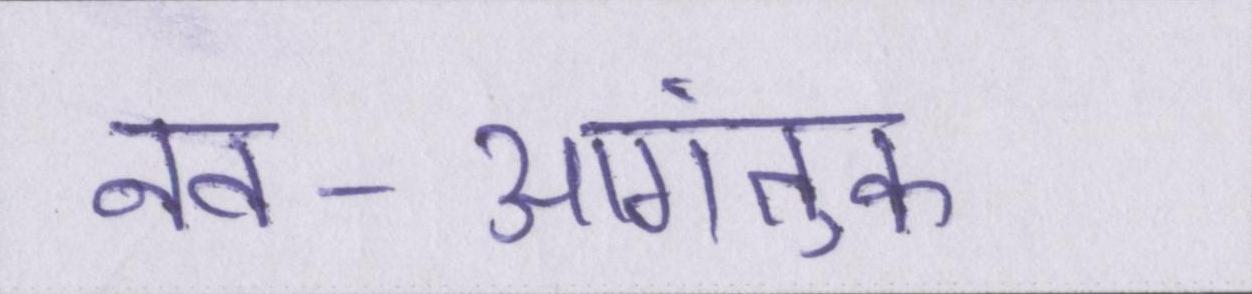
नव-आगंतुक